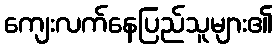
ကျေးလက်နေပြည်သူများ၏